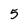
Character: 5